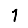
Digit: 1